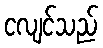
ငလျင်သည်